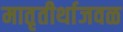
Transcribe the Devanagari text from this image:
मातृतीर्थाजवळ